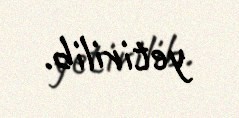
yetirilib.